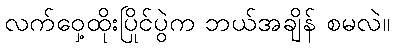
လက်ဝှေ့ထိုးပြိုင်ပွဲက ဘယ်အချိန် စမလဲ။